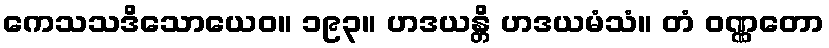
ကေသသဒိသောယေဝ။ ၁၉၃။ ဟဒယန္တိ ဟဒယမံသံ။ တံ ဝဏ္ဏတော